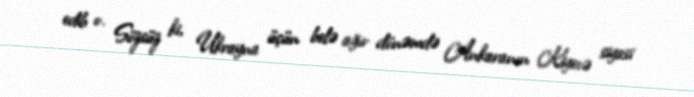
edib o. Sözsüz ki, Ukrayna üçün belə ağır dönəmdə Ankaranın Kiyevə siyasi